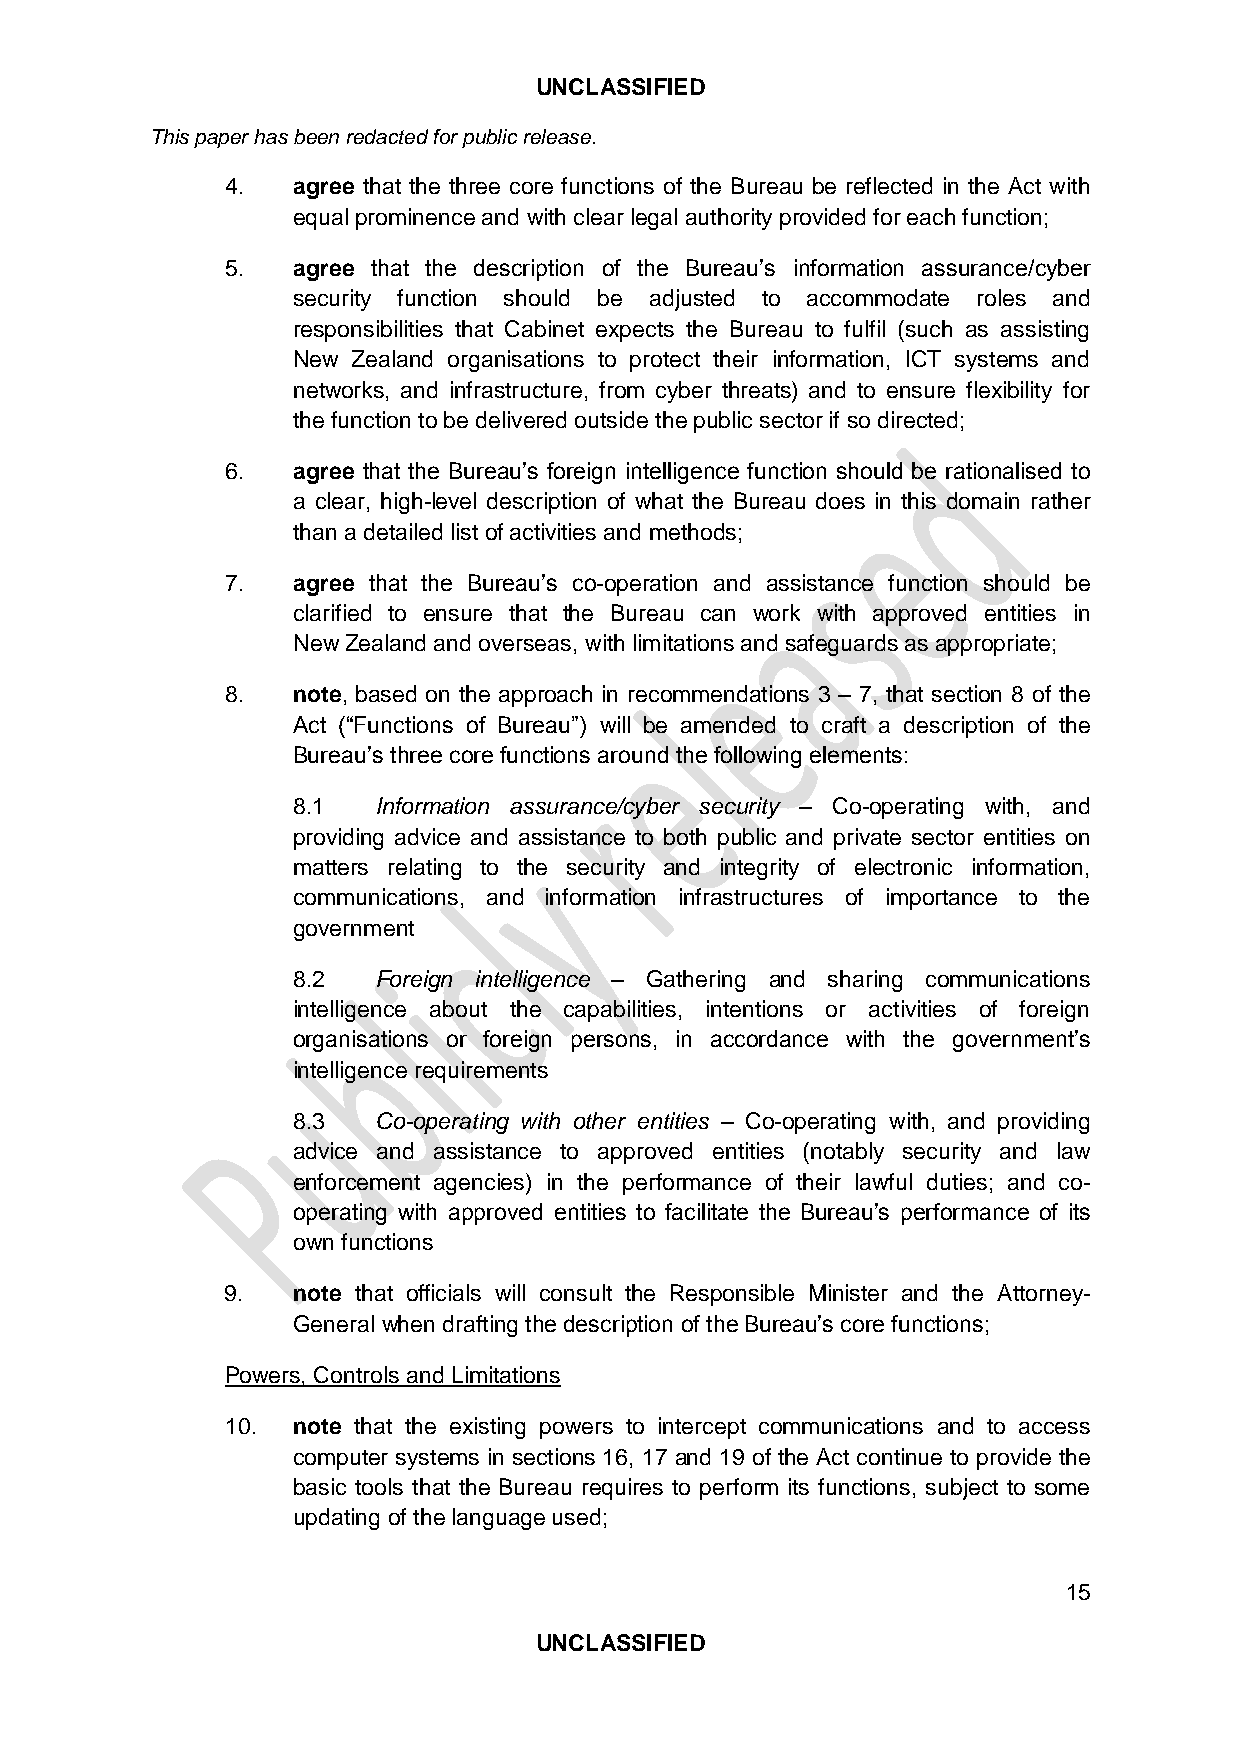
UNCLASSIFIED
 This paper has been redacted for public release.
 4.  agree that the three core functions of the Bureau be reflected in the Act with
 equal prominence and with clear legal authority provided for each function;
 5.  agree that the description of the Bureau’s information assurance/cyber
 security function should be adjusted to accommodate roles and
 responsibilities that Cabinet expects the Bureau to fulfil (such as assisting
 New Zealand organisations to protect their information, ICT systems and
 networks, and infrastructure, from cyber threats) and to ensure flexibility for
 the function to be delivered outside the public sector if so directed;
 6.  agree that the Bureau’s foreign intelligence function should be rationalised to
 a clear, high-level description of what the Bureau does in this domain rather
 than a detailed list of activities and methods;
 7.  agree that the Bureau’s co-operation and assistance function should be
 clarified to ensure that the Bureau can work with approved entities in
 New Zealand and overseas, with limitations and safeguards as appropriate;
 8.  note, based on the approach in recommendations 3 – 7, that section 8 of the
 Act (“Functions of Bureau”) will be amended to craft a description of the
 Bureau’s three core functions around the following elements:
 8.1   Information assurance/cyber security – Co-operating with, and
 providing advice and assistance to both public and private sector entities on
 matters relating to the security and integrity of electronic information,
 communications, and information infrastructures of importance to the
 government
 8.2   Foreign intelligence – Gathering and sharing communications
 intelligence about the capabilities, intentions or activities of foreign
 organisations or foreign persons, in accordance with the government’s
 intelligence requirements
 8.3   Co-operating with other entities – Co-operating with, and providing
 advice and assistance to approved entities (notably security and law
 enforcement agencies) in the performance of their lawful duties; and co-
 operating with approved entities to facilitate the Bureau’s performance of its
 own functions
 9.  note that officials will consult the Responsible Minister and the Attorney-
 General when drafting the description of the Bureau’s core functions;
 Powers, Controls and Limitations
 10. note that the existing powers to intercept communications and to access
 computer systems in sections 16, 17 and 19 of the Act continue to provide the
 basic tools that the Bureau requires to perform its functions, subject to some
 updating of the language used;
 15
 UNCLASSIFIED